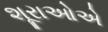
શૂરાઓએ